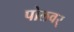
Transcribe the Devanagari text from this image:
पोलवर्